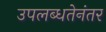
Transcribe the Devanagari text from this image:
उपलब्धतेनंतर